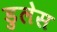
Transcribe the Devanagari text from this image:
डुलेस